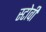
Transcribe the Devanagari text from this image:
स्टोवी